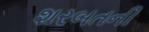
શરબતની